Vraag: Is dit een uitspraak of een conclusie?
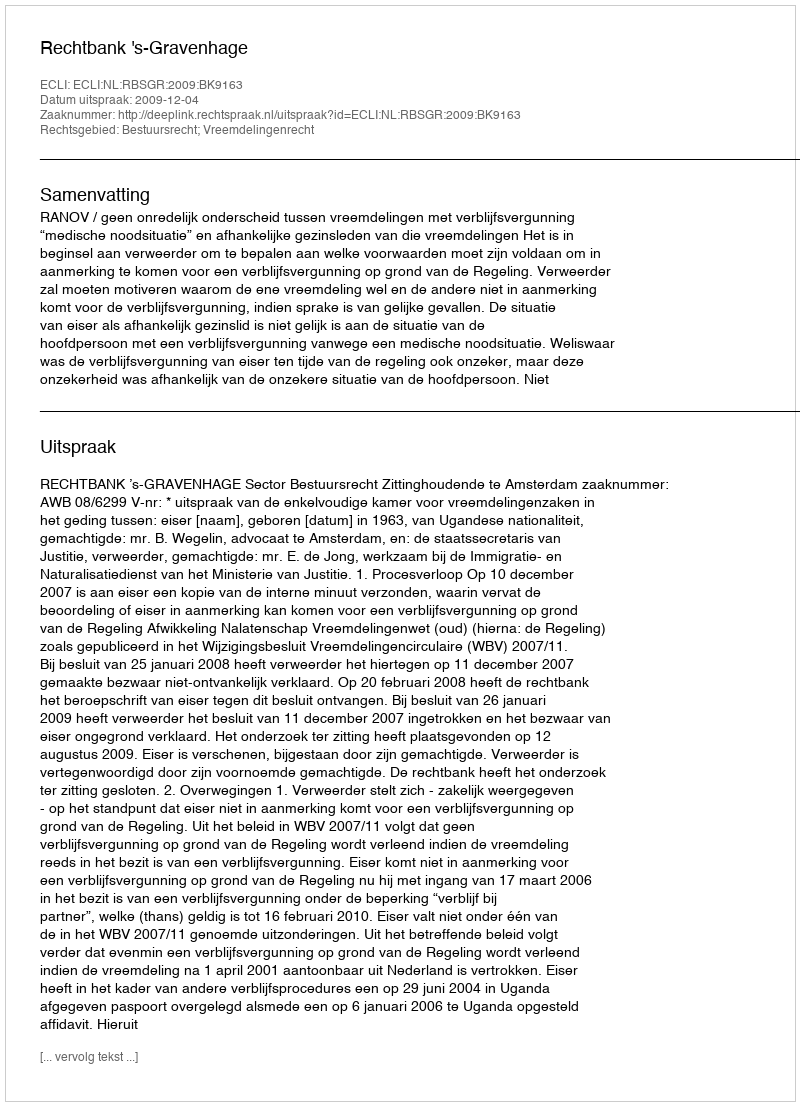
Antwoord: Uitspraak